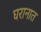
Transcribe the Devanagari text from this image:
घरानात